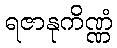
ရဇာနုကိဏ္ဏံ